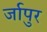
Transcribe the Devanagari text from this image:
र्जापुर